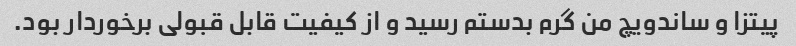
پیتزا و ساندویچ من گرم بدستم رسید و از کیفیت قابل قبولی برخوردار بود.